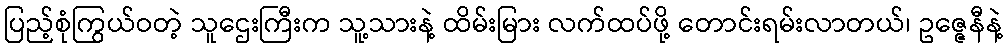
ပြည့်စုံကြွယ်ဝတဲ့ သူဌေးကြီးက သူ့သားနဲ့ ထိမ်းမြား လက်ထပ်ဖို့ တောင်းရမ်းလာတယ်၊ ဥဇ္ဇေနီနဲ့